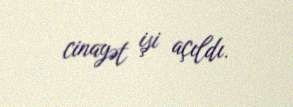
cinayət işi açıldı.